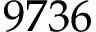
9 7 3 6